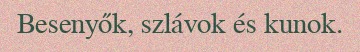
Besenyők, szlávok és kunok.